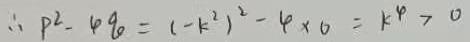
$\therefore p^{2}-4q=(-k^{2})^{2}-4\times 0=k^{4}>0$